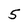
Character: 5